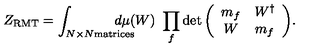
Z _ { \mathrm { R M T } } = \int _ { N \times N \mathrm { \scriptsize m a t r i c e s } } \! \! \! \! \! \! \! \! \! \! d \mu ( W ) \ \prod _ { f } \det { \left( \begin{array} { c c } { m _ { f } } & { W ^ { \dagger } } \\ { W } & { m _ { f } } \\ \end{array} \right) } .